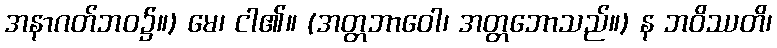
အနာဂတ်ဘဝ၌။) မေ၊ ငါ၏။ (အတ္တဘာဝေါ၊ အတ္တဘောသည်။) န ဘဝိဿတိ၊